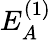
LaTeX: E_{A}^{(1)}